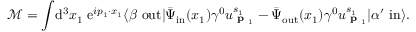
{ \mathcal { M } } = \int \! \mathrm { d } ^ { 3 } x _ { 1 } \; \mathrm { e } ^ { i p _ { 1 } \cdot x _ { 1 } } \langle \beta \ \mathrm { o u t } | { \bar { \Psi } } _ { \mathrm { i n } } ( x _ { 1 } ) \gamma ^ { 0 } u _ { { \textbf { p } } _ { 1 } } ^ { s _ { 1 } } - { \bar { \Psi } } _ { \mathrm { o u t } } ( x _ { 1 } ) \gamma ^ { 0 } u _ { { \textbf { p } } _ { 1 } } ^ { s _ { 1 } } | \alpha ^ { \prime } \ \mathrm { i n } \rangle .